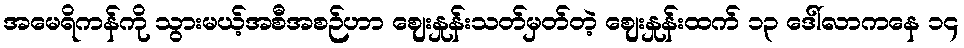
အမေရိကန်ကို သွားမယ့်အစီအစဉ်ဟာ ဈေးနှုန်းသတ်မှတ်တဲ့ ဈေးနှုန်းထက် ၁၃ ဒေါ်လာကနေ ၁၄